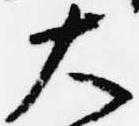
大